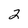
Character: 2